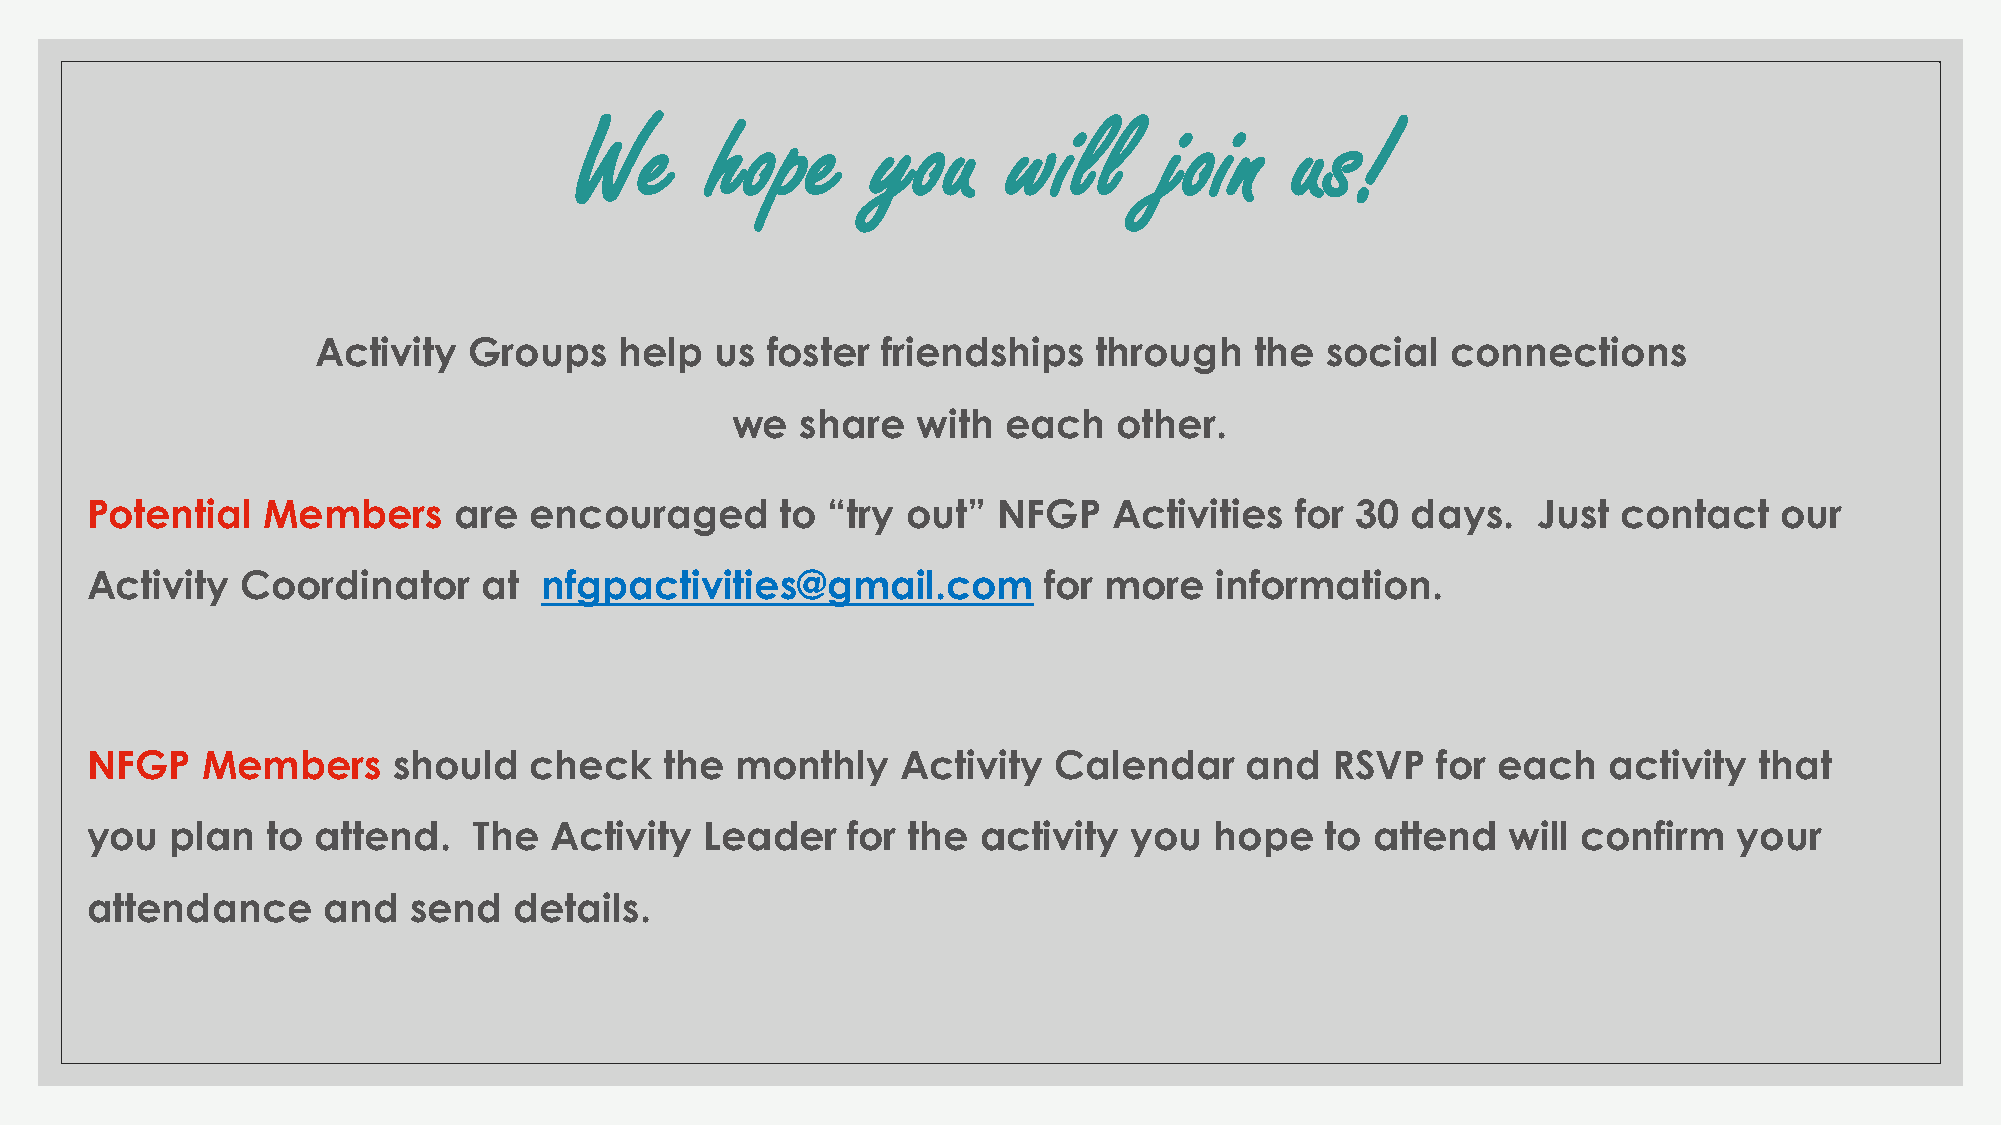
We       hope       you      will      join     us!
 Activity  Groups    help  us  foster friendships   through    the  social  connections
 we   share   with each    other.
 Potential  Members      are  encouraged       to “try out”  NFGP    Activities  for 30 days.    Just contact    our
 Activity  Coordinator     at  nfgpactivities@gmail.com         for more   information.
 NFGP   Members      should   check    the  monthly    Activity  Calendar    and   RSVP   for each   activity  that
 you  plan   to attend.   The  Activity   Leader   for the  activity  you  hope    to attend   will confirm   your
 attendance     and   send   details.